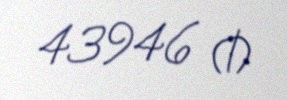
43946 ₼